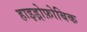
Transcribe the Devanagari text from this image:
हाइड्रोफ़ोबिक